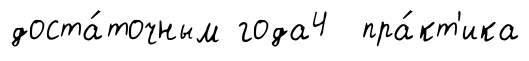
доста́точным года4 пра́кт'ика